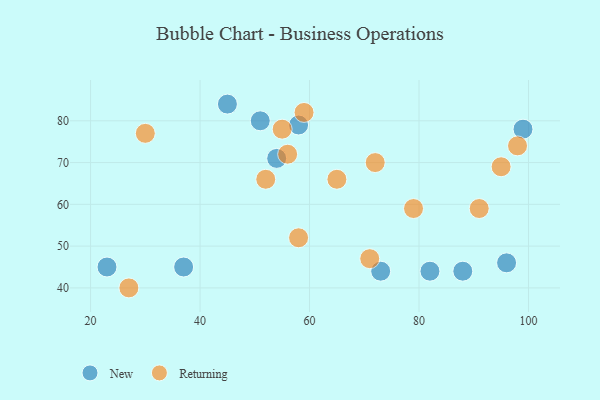
{"axis": {"x": "GDP", "y": "Life Expectancy"}, "legend": ["New", "Returning"], "data": [{"x": "23", "y": 45, "type": "New"}, {"x": "37", "y": 45, "type": "New"}, {"x": "99", "y": 78, "type": "New"}, {"x": "45", "y": 84, "type": "New"}, {"x": "58", "y": 79, "type": "New"}, {"x": "82", "y": 44, "type": "New"}, {"x": "96", "y": 46, "type": "New"}, {"x": "73", "y": 44, "type": "New"}, {"x": "51", "y": 80, "type": "New"}, {"x": "88", "y": 44, "type": "New"}, {"x": "54", "y": 71, "type": "New"}, {"x": "65", "y": 66, "type": "Returning"}, {"x": "58", "y": 52, "type": "Returning"}, {"x": "95", "y": 69, "type": "Returning"}, {"x": "30", "y": 77, "type": "Returning"}, {"x": "71", "y": 47, "type": "Returning"}, {"x": "56", "y": 72, "type": "Returning"}, {"x": "27", "y": 40, "type": "Returning"}, {"x": "59", "y": 82, "type": "Returning"}, {"x": "98", "y": 74, "type": "Returning"}, {"x": "72", "y": 70, "type": "Returning"}, {"x": "55", "y": 78, "type": "Returning"}, {"x": "79", "y": 59, "type": "Returning"}, {"x": "91", "y": 59, "type": "Returning"}, {"x": "52", "y": 66, "type": "Returning"}]}